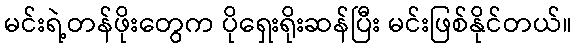
မင်းရဲ့တန်ဖိုးတွေက ပိုရှေးရိုးဆန်ပြီး မင်းဖြစ်နိုင်တယ်။